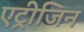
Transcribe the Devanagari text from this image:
एट्रीजिन